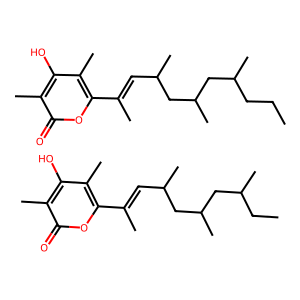
SMILES: CCC(C)CC(C)CC(C)C=C(C)c1oc(=O)c(C)c(O)c1C.CCCC(C)CC(C)CC(C)C=C(C)c1oc(=O)c(C)c(O)c1C
Inhibits HIV replication: No